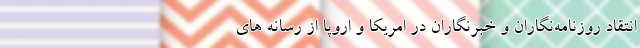
انتقاد روزنامه‌نگاران و خبرنگاران در امریکا و اروپا از رسانه های